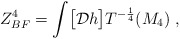
\begin{align*}Z_{BF}^{4}=\int\bigl[{\cal{D}}h\bigl]T^{-{1 \over 4}}(M_4)\;,\end{align*}